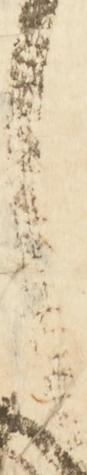
し